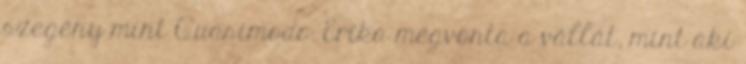
szegény mint Quasimodo. Erika megvonta a vállát, mint aki